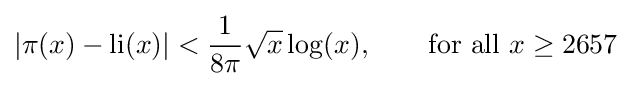
|\pi (x)-\operatorname {li} (x)|<{\frac {1}{8\pi }}{\sqrt {x}}\log(x),\qquad {\text{for all }}x\geq 2657